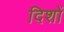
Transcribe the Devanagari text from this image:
दिशों